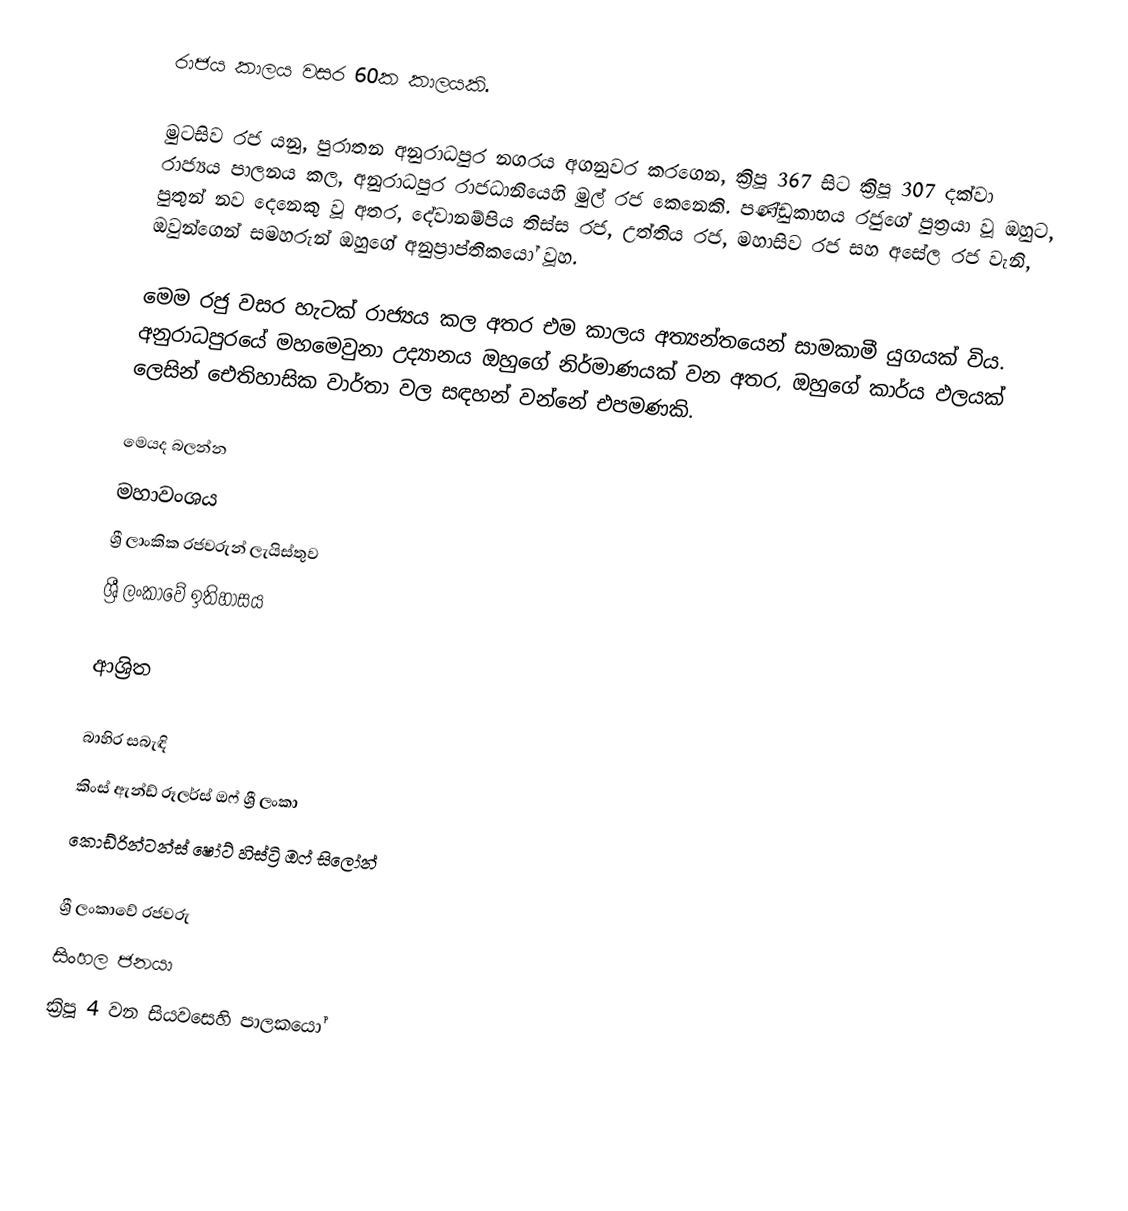
රාජය කාලය වසර 60ක කාලයකි.

මුටසිව රජ යනු, පුරාතන අනුරාධපුර නගරය අගනුවර කරගෙන, ක්‍රිපූ 367 සිට ක්‍රිපූ 307 දක්වා රාජ්‍යය පාලනය කල, අනුරාධපුර රාජධානියෙහි මුල් රජ කෙනෙකි. පණ්ඩුකාභය රජුගේ පුත්‍රයා වූ ඔහුට, පුතුන් නව දෙනෙකු වූ අතර, දේවානම්පිය තිස්ස රජ, උත්තිය රජ, මහාසිව රජ සහ අසේල රජ වැනි, ඔවුන්ගෙන් සමහරුන් ඔහුගේ අනුප්‍රාප්තිකයෝ වූහ.

මෙම රජු වසර හැටක් රාජ්‍යය කල අතර එම කාලය අත්‍යන්තයෙන් සාමකාමී යුගයක් විය. අනුරාධපුරයේ මහමෙවුනා උද්‍යානය ඔහුගේ නිර්මාණයක් වන අතර, ඔහුගේ කාර්ය ඵලයක් ලෙසින් ඓතිහාසික වාර්තා වල සඳහන් වන්නේ එපමණකි.

මෙයද බලන්න
මහාවංශය
ශ්‍රී ලාංකික රජවරුන් ලැයිස්තුව
 ශ්‍රී ලංකාවේ ඉතිහාසය

ආශ්‍රිත

බාහිර සබැඳි
 කිංස් ඇන්ඩ් රූලර්ස් ඔෆ් ශ්‍රී ලංකා
 කොඩ්රින්ටන්ස් ෂෝට් හිස්ට්‍රි ඔෆ් සිලෝන්

ශ්‍රී ලංකාවේ රජවරු
සිංහල ජනයා
ක්‍රිපූ 4 වන සියවසෙහි පාලකයෝ